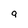
Character: 9